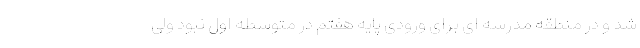
شد و در منطقه مدرسه ای برای ورودی پایه هفتم در متوسطه اول نبود ولی